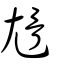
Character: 尳